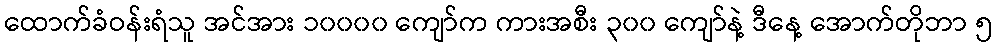
ထောက်ခံဝန်းရံသူ အင်အား ၁၀၀၀၀ ကျော်က ကားအစီး ၃၀၀ ကျော်နဲ့ ဒီနေ့ အောက်တိုဘာ ၅